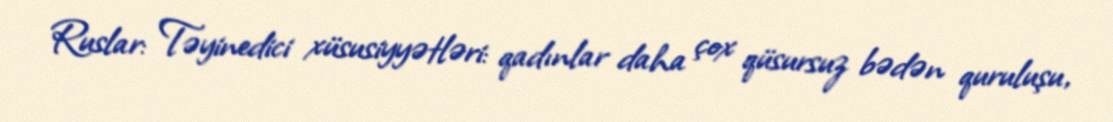
Ruslar: Təyinedici xüsusiyyətləri: qadınlar daha çox qüsursuz bədən quruluşu,